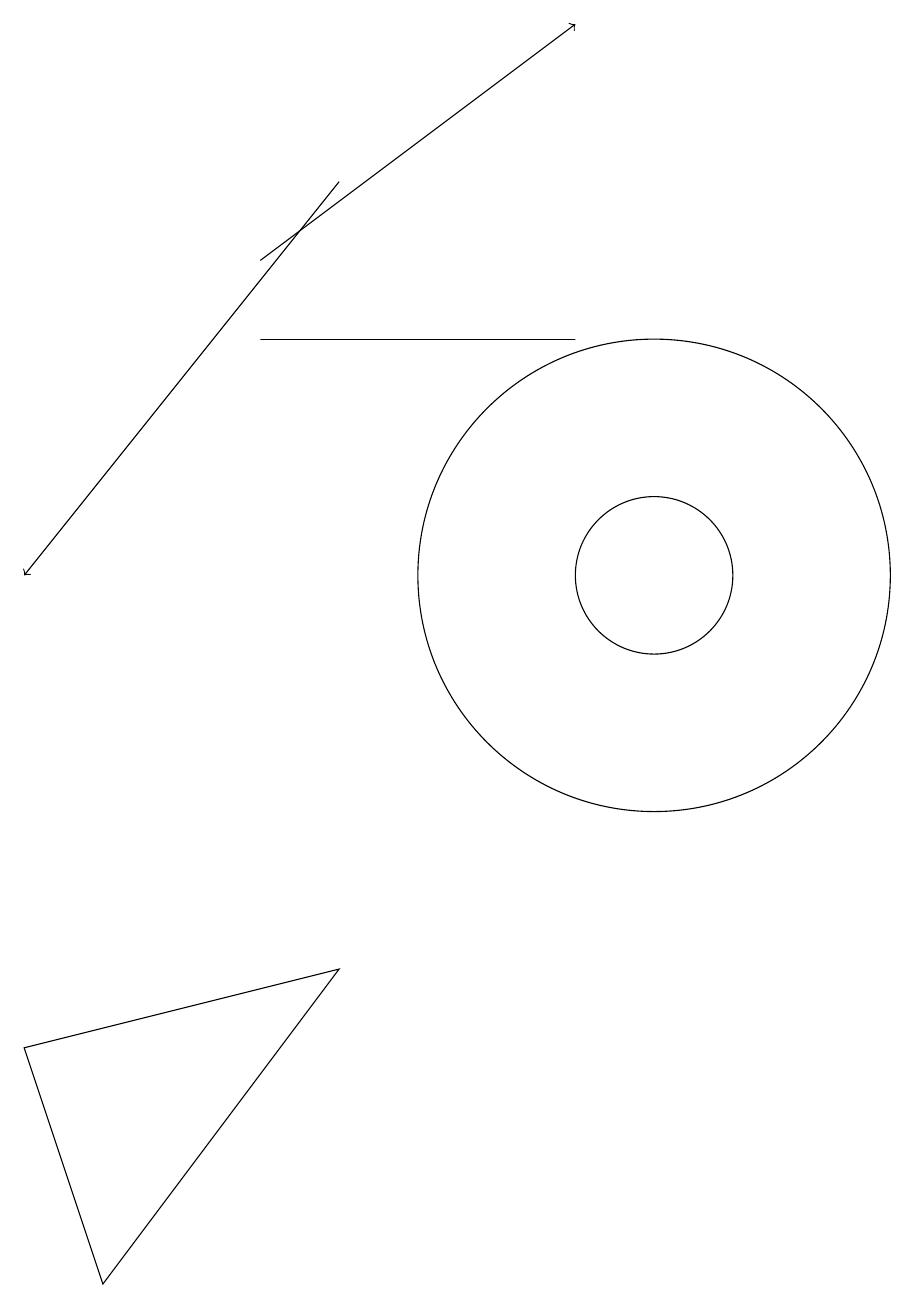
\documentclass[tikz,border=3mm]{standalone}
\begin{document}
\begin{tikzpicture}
\draw[->] (5,14) -- (9,17);
\draw[->] (6,15) -- (2,10);
\draw (10,10) circle (1);
\draw (10,10) circle (3);
\draw (6,5) -- (3,1) -- (2,4) -- cycle;
\draw (11,12) circle (0);
\draw (9,13) rectangle (5,13);
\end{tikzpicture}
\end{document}